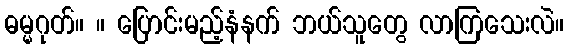
ဓမ္မဂုတ်။ ။ ပြောင်းမည့်နံနက် ဘယ်သူတွေ လာကြသေးလဲ။